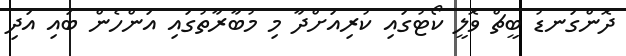
ދޮންގަނޑު ބީޗް ވޮލީ ކޯޓުގައި ކުރިއަށްދާ މި މުބާރާތުގައި އަންހެން ބައި އަދި